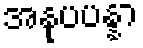
အနုပပန္နာ